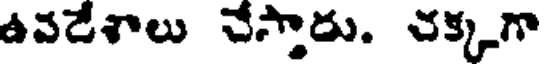
ఉవడేశాలు చేస్తాడు. చక్కగా